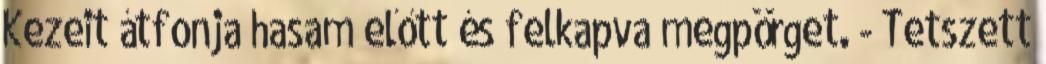
Kezeit átfonja hasam előtt és felkapva megpörget. - Tetszett